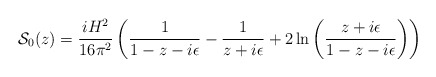
\begin{align*}{\cal{S}}_0(z)=\frac{iH^2}{16\pi^2}\left(\frac{1}{1-z-i\epsilon}-\frac{1}{z+i\epsilon}+2\ln\left(\frac{z+i\epsilon}{1-z-i\epsilon}\right)\right)\end{align*}